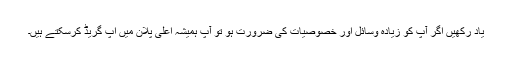
یاد رکھیں اگر آپ کو زیادہ وسائل اور خصوصیات کی ضرورت ہو تو آپ ہمیشہ اعلی پلان میں اپ گریڈ کرسکتے ہیں۔